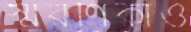
স্মরণিকাও